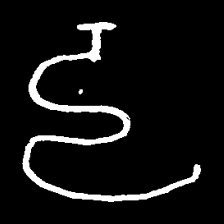
Pyu character \u2014 Myanmar letter: ဠ (romanized: lla)